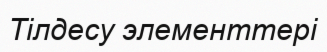
Тілдесу элементтері